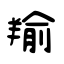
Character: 羭